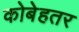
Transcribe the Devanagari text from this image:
कोबेहतर